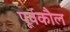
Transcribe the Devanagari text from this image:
पूर्वकौल